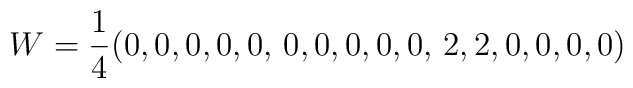
W=\frac 14(0,0,0,0,0, \, 0,0,0,0,0,\, 2,2,0,0,0,0)